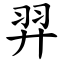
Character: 羿